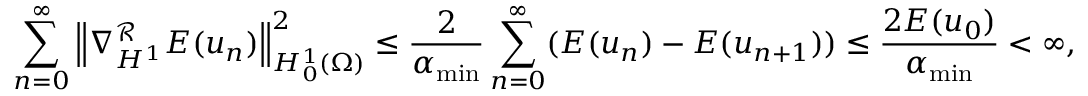
\sum _ { n = 0 } ^ { \infty } \left\Vert \nabla _ { H ^ { 1 } } ^ { \mathcal { R } } E ( u _ { n } ) \right\Vert _ { H _ { 0 } ^ { 1 } ( \Omega ) } ^ { 2 } \leq \frac { 2 } { \alpha _ { \operatorname* { m i n } } } \sum _ { n = 0 } ^ { \infty } ( E ( u _ { n } ) - E ( u _ { n + 1 } ) ) \leq \frac { 2 E ( u _ { 0 } ) } { \alpha _ { \operatorname* { m i n } } } < \infty ,